Morphology and life history of Herpetomonas culicis, Novy, MacNeal and Torrey - Number 57
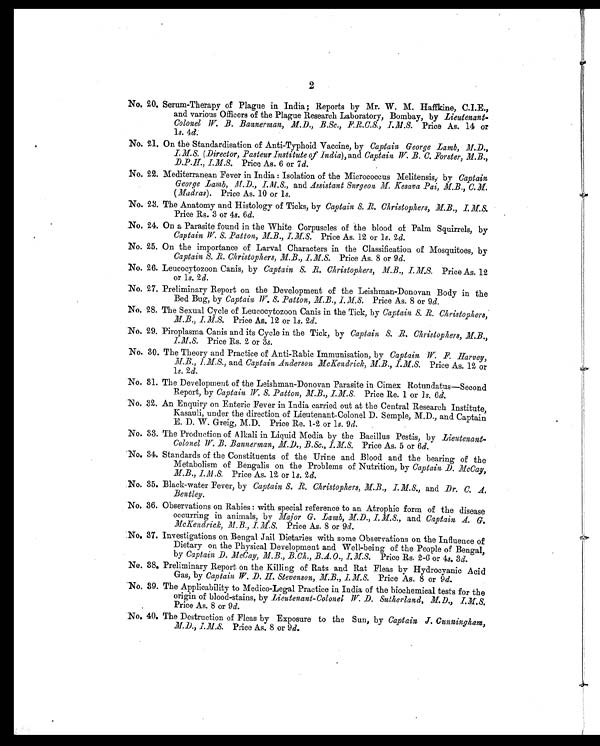
2
No. 20. Serum-Therapy of Plague in India ; Reports by Mr. W. M. Haffkine, C.I.E.,
and various Officers of the Plague Research Laboratory, Bombay, by Lieutenant-
Colonel W. B. Bannerman, M.D., B.Sc., F.R.C.S., I.M.S. P r i c e A s . 1 4 o r
ls. 4d.
No. 21. On the Standardisation of Anti-Typhoid Vaccine, by Captain George Lamb, M.D.,
I.M.S. (Director, Pasteur Institute of India), and Captain W. B. C. Forster, M.B.,
D.P.H., I.M.S. Price As. 6 or 7d.
No. 22. Mediterranean Fever in India : Isolation of the Micrococcus Melitensis, by Captain
George Lamb, M. D., I.M.S., and Assistant Surgeon M. Kesava Pai, M.B., C.M.
(Madras). Price As. 10 or l s.
No. 23. The Anatomy and Histology of Ticks, by Captain S. R. Christophers, M.B., I.M.S.
Price Rs. 3 or 4s. 6d.
No. 24. On a Parasite found in the White Corpuscles of the blood of Palm Squirrels, by
Captain W. S. Patton, M.B., I.M.S. Price As. 12 or 1 s. 2d.
No. 25. On the importance of Larval Characters in the Classification of Mosquitoes, by
Captain S. R. Christophers, M.B., I.M.S. Price As. 8 or 9 d.
No. 26. Leucocytozoon Canis, by Captain S. R. Christophers, M.B., I.M.S. Price As. 12
or 1 s. 2 d.
No. 27. Preliminary Report on the Development of the Leishman-Donovan Body in the
Bed Bug, by Captain W. S. Patton, M.B., I.M.S. Price As. 8 or 9d.
No. 28. The Sexual Cycle of Leucocytozoon Canis in the Tick, by Captain S. R. Christophers,
M.B., I.M.S. Price As. 12 or l s. 2d.
No. 29. Piroplasma Canis and its Cycle in the Tick, by Captain S. R. Christophers, M.B.,
I.M.S. Price Rs. 2 or 3s.
No. 30. The Theory and Practice of Anti-Rabic Immunisation, by Captain, W. F. Harvey,
M.B., I.M.S., and Captain Anderson McKendrick, M.B., I.M.S. Price As. 12 or
1 s. 2d.
No. 31. The Development of the Leishman-Donovan Parasite in Cimex Rotundatus—Second
Report, by Captain W. S. Patton, M.B.,
I.M.S Price Re. 1 or 1s. 6d.
No. 32. An Enquiry on Enteric Fever in India carried out at the Central Research Institute,
K a s a u l i , u n d e r t h e d i r e c t i o n o f L i e u t e n a n t - C o l o n e l D . S e m p l e , M . D . , a n d C a p t a i n
E. D. W. Greig, M.D. Price Re. 1-2 or 1 s. 9d.
No. 33. The Production of Alkali in Liquid Media by the Bacillus Pestis, by Lieutenant-
Colonel W. B. Bannerman, M.D., B.Sc., I.M.S. Price As. 5 or 6d.
No. 34. Standards of the Constituents of the Urine and Blood and the bearing of the
Metabolism of Bengalis on the Problems of Nutrition, by Captain D. McCay, M.B.,
I.M.S. Price As. 12 or 1 s. 2d.
No. 35. Black-water Fever, by Captain S. R. Christophers, M.B. I.M.S., and Dr. C. A.
Bentley.
No. 36. Observations on Rabies : with special reference to an Atrophic form of the disease
occurring in animals, by Major G. Lamb, M.D., I.M.S., and Captain A. G.
McKendrick, M.B., I.M.S. Price As. 8 or 9d .
No, 37. Investigations on Bengal Jail Dietaries with some Observations on the Influence of
Dietary on the Physical Development and Well-being of the People of Bengal,
by Captain D. McCay, M.B., B.Ch., B.A.O., I.M.S. Price Rs. 2-6 or 4s. 3 d.
No. 38. Preliminary Report on the Killing of Rats and Rat Fleas by Hydrocyanic Acid
Gas, by Captain W. D. H. Stevenson, M.B., I.M.S. Price As. 8 or 9 d.
N o . 3 9 . T h e A p p l i c a b i l i t y t o M e d i c o - L e g a l P r a c t i c e i n I n d i a o f t h e b i o c h e m i c a l t e s t s f o r t h e
origin of blood-stains, by Lieutenant-Colonel W.D. Sutherland, M.D., I.M.S.
Price As. 8 or 9 d.
No. 40. The Destruction of Fleas by Exposure to the Sun, by Captain J. Cunningham,
M.D., I.M.S. Price As. 8 or 9d.